Annual report on the working of the mental hospitals in the Madras Presidency - 1912-1932
Year: 1912
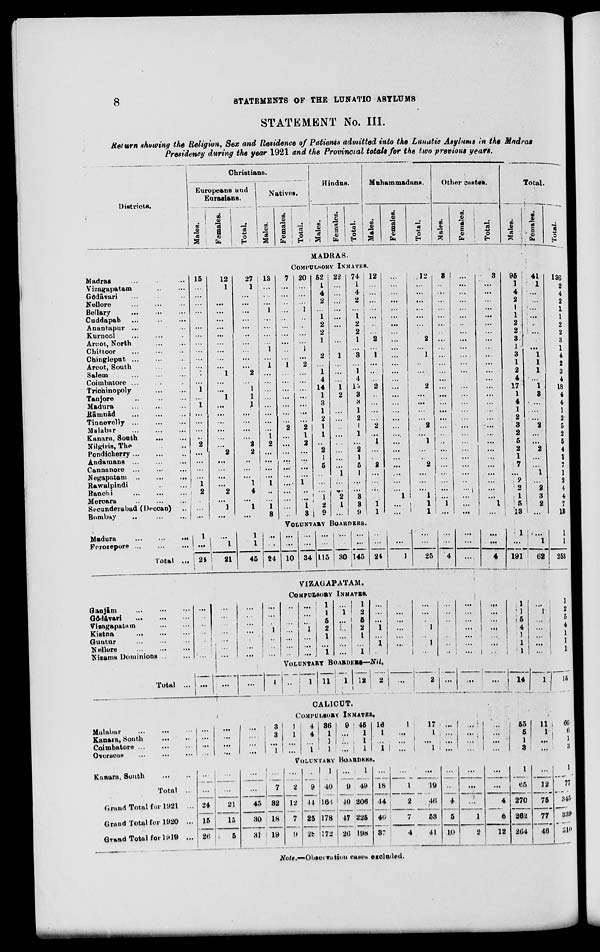
8
STATEMENTS OF THE LUNATIC ASYLUMS
STATEMENT No. III.
Return showing the Religion, Sex and Residence of Patients admitted into the Lunatic Asylnms in the Madras
Presidency during the year 1921 and the Provincial totals for the two previous years.
Districts.
Christians.
Europeans and
Eurasians.
Males.
Females.
Totals.
Natives.
Males.
Females.
Total.
Hindus.
Males.
Females.
Total.
Muhammadans.
Males.
Females.
Total.
Other castes.
Males.
Females.
Total.
Total.
Males.
Females.
Total.
MADRAS.
COMPULSORY INMATES.
Madras... ... ...
Vizagapatam... ...
Gōdāvari... ... ...
Nellore... ... ...
Bellary... ... ...
Cuddapah... ... ...
Anantapur ... ... ...
Kurnool... ... ...
Arcot, North... ...
Chittoor... ... ...
Chingleput ... ... ...
Arcot, South... ...
Salem... ... ...
Coimbatore ... ... ...
Trichinopoly
...
...
Tanjore
...
...
...
Madura ... ... ...
Rāmnād ... ... ...
Tinnevelly...
...
...
Malabar ... ... ...
Kanara, South ... ...
Nilgiris, The ... ...
Pondicherry... ... ...
Andaraans ... ... ...
Cannanore ... ... ...
Negapatam
...
...
...
Rawalpindi
...
...
...
Ranchi ... ... ...
Mercara ... ... ...
Secunderabad (Deccan)...
Bombay ... ... ...
15
...
...
...
...
...
...
...
...
...
...
1
...
1
...
1
...
...
...
...
2
...
...
...
...
1
2
...
...
....
12
1
...
...
...
...
...
...
...
...
...
...
1
...
...
1
...
...
...
...
...
...
2
...
...
...
...
2
...
1
...
27
1
...
...
...
...
...
...
...
...
...
...
2
1
1
1
...
...
...
...
2
2
...
...
...
1
4
...
1
...
13
...
...
...
1
...
...
...
...
1
...
1
...
...
...
...
...
...
...
...
1
2
...
...
...
...
1
...
...
1
3
7
...
...
...
...
...
...
...
...
...
...
1
...
...
...
...
...
...
...
2
...
...
...
...
...
...
...
...
...
...
...
20
...
...
...
1
...
...
...
...
1
...
2
...
...
...
...
...
...
...
2
1
2
...
...
...
...
1
..
...
1
3
52
1
4
2
...
1
2
2
1
...
2
...
1
4
14
1
3
1
2
1
1
...
2
1
5
...
...
...
1
2
9
22
...
...
...
...
...
...
...
...
...
1
...
...
...
1
2
...
...
...
...
...
...
...
...
...
1
...
...
2
1
...
74
1
4
2
...
1
2
2
1
...
3
...
1
4
15
3
3
1
2
1
1
...
2
1
5
1
...
...
3
3
9
12
...
...
...
...
...
...
...
2
...
1
...
...
...
2
...
...
...
...
2
...
1
...
...
2
...
...
...
...
1
1
...
...
...
...
...
...
...
...
...
...
...
...
...
...
...
...
...
...
...
...
...
...
...
...
...
...
...
...
1
...
...
12
...
...
...
...
...
...
...
2
...
1
...
...
...
2
...
...
...
...
2
...
1
...
...
2
...
...
...
1
1 1
3
..
...
...
...
...
...
...
...
...
...
...
...
...
...
...
...
...
...
...
..
...
...
...
...
...
...
...
...
1
...
...
...
...
...
...
...
...
...
...
...
...
...
...
...
...
...
...
...
...
...
...
...
...
...
...
...
...
...
...
...
3
...
...
...
...
...
...
...
...
...
...
...
...
...
...
...
...
...
...
...
...
...
...
...
...
...
...
...
...
1
...
95
1
4
2
1
1
2
2
3
1
3
1
2
4
17
1
4
1
2
3
2
5
2
1
7
...
2
2
1
5
13
41
1
...
...
...
...
..
...
...
...
1
1
1
...
1
3
...
...
...
2
...
...
2
...
...
1
...
2
3
2
...
136
2
4
2
1
1
2
2
3
1
4
2
3
4
18
4
4
1
2
5
2
5
4
1
7
1
2
4
4
7
13
VOLUNTARY BOARDERS.
Madura
...
...
Ferozepore...
...
...
Total ...
1
...
24
...
1
21
1
1
45
...
...
24
...
...
10
...
...
34
...
...
115
...
...
30
...
...
145
...
...
24
...
...
1
...
...
25
...
...
4
...
...
...
...
...
4
1
...
191
...
1
62
1
1
253
VIZAGAPATAM.
COMPULSORY INMATES.
Ganjām
...
...
...
Gōdāvari
...
...
...
Vizagapatam
...
...
Kistna
...
...
...
Guntūr ... ... ...
Nellore
...
...
...
Nizams
Dominions... ...
...
...
...
...
...
...
...
...
...
...
...
...
...
...
...
...
...
...
...
...
...
...
...
...
1
...
...
...
...
...
...
...
...
...
...
...
...
...
1
...
...
...
1
1
5
2
1
1
1
...
1
...
...
...
...
...
1 2
5
2
1
1 1
...
...
1
1
1
1
...
...
...
...
...
...
...
...
...
...
1
1
1
1
...
...
...
...
...
...
...
...
...
...
...
...
...
...
...
...
...
...
...
...
...
...
1
1
5
4
1
1 1
...
1
...
...
...
...
...
1
2
5
4
1
1
1
VOLUNTARY
BOARDRS—Nil.
Total ...
...
...
...
1
...
1
11
1
12 2
...
2
...
...
...
14
1
15
CALICUT.
COMPULSORY INMATES.
Malabar ... ...
Kanara, South
...
...
Coimbatore
...
...
Overseas ... ... ...
...
...
...
...
...
...
...
...
...
...
...
...
3
3
... 1
1
1
...
...
4
4
... 1
36
1
1
1
9
...
...
...
45
1
1
1
16
1
...
1
1
...
... ...
17
1
...
1
...
...
...
...
...
...
...
...
...
...
...
...
55
5
1
3
11
1
...
...
66
6
1
3
VOLUNTARY BOARDERS.
Kanara, South
...
...
Total ...
Grand Total for 1921 ...
Grand Total for 1920 ...
Grand Total for 1919 ...
...
...
24
15
26
...
...
21
15
5
...
...
45
30
31
...
7
32
18
19
...
2
12
7
9
...
9
44
25
28
1
40
166
178
172
...
9
40
47
26
1
49
206
225
198
...
18
14
46
37
...
1
2
7
4
...
19
16
53
41
...
...
4
5
10
...
...
...
1
2
...
...
4
6
12
1
65
270
262
264
...
12
75
77
46
1
77
345
339
310
Note.—Observation cases excluded.